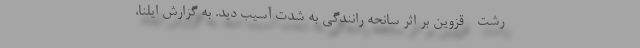
رشت - قزوین بر اثر سانحه رانندگی به شدت آسیب دید. به گزارش‌ ایلنا،